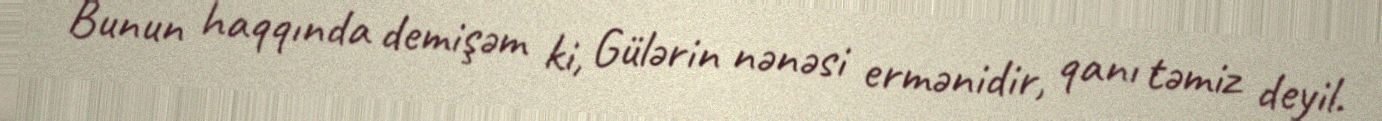
Bunun haqqında demişəm ki, Gülərin nənəsi ermənidir, qanı təmiz deyil.